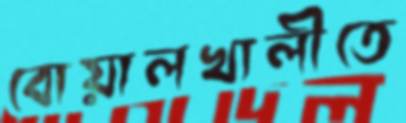
বোয়ালখালীতে